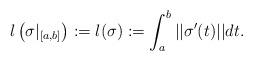
LaTeX: \begin{align*} l\left(\sigma|_{[a,b]}\right):= l(\sigma) := \int_a^b||\sigma'(t)||dt.\end{align*}